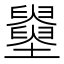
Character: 𡓵